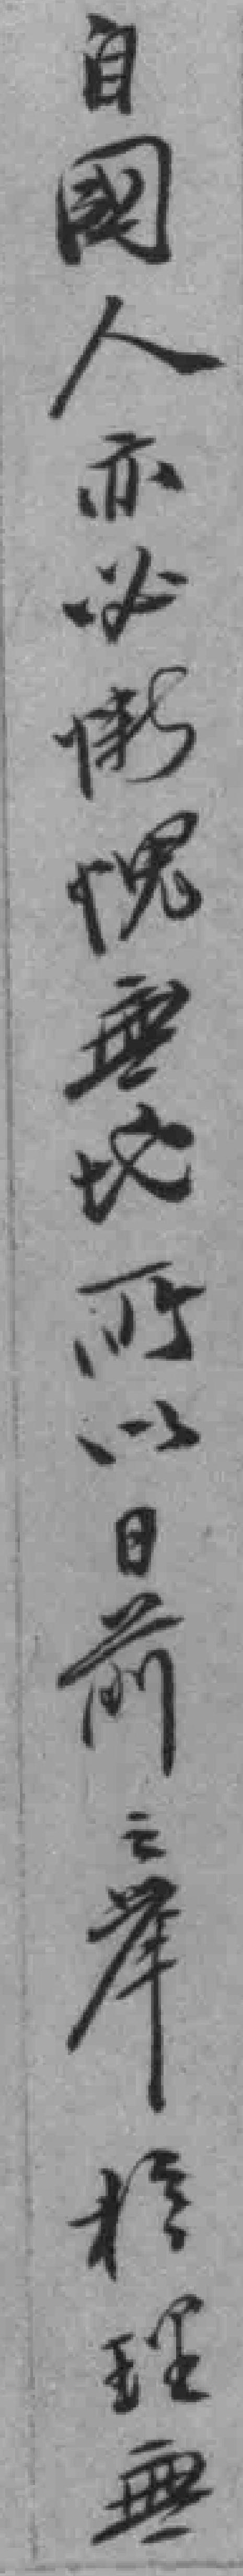
自國人亦必*愧無地所以日前之举扵理無